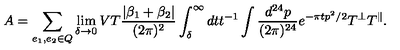
A = \sum _ { e _ { 1 } , e _ { 2 } \in Q } \lim _ { \delta \rightarrow 0 } V T { \frac { | \beta _ { 1 } + \beta _ { 2 } | } { ( 2 \pi ) ^ { 2 } } } \int _ { \delta } ^ { \infty } d t t ^ { - 1 } \int { \frac { d ^ { 2 4 } p } { ( 2 \pi ) ^ { 2 4 } } } e ^ { - \pi t p ^ { 2 } / 2 } T ^ { \perp } T ^ { \parallel } .